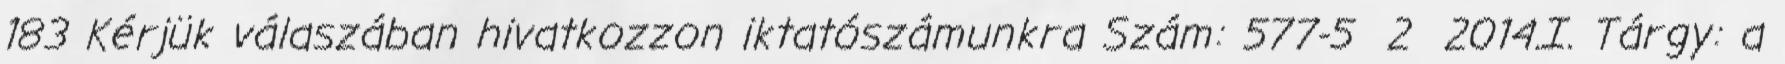
183 Kérjük válaszában hivatkozzon iktatószámunkra Szám: 577-5 2 2014.I. Tárgy: a